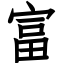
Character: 富